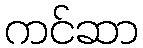
ကင်ဆာ